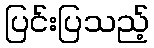
ပြင်းပြသည့်